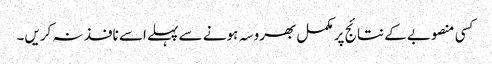
کسی منصوبے کے نتائج پر مکمل بھروسہ ہونے سے پہلے اسے نافذ نہ کریں۔